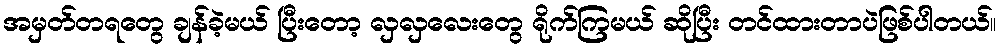
အမှတ်တရတွေ ချန်ခဲ့မယ် ပြီးတော့ လှလှလေးတွေ ရိုက်ကြမယ် ဆိုပြီး တင်ထားတာပဲဖြစ်ပါတယ်။